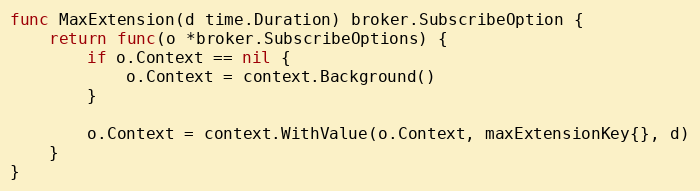
Language: Go
func MaxExtension(d time.Duration) broker.SubscribeOption {
	return func(o *broker.SubscribeOptions) {
		if o.Context == nil {
			o.Context = context.Background()
		}

		o.Context = context.WithValue(o.Context, maxExtensionKey{}, d)
	}
}